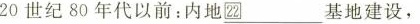
20世纪80年代以前：\underline{\boxed{22}}___内地基地建设，